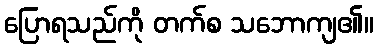
ပြောရသည်ကို တက်စ သဘောကျ၏။